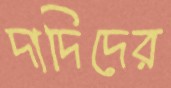
দাদিদের